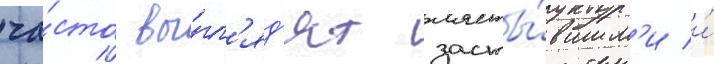
ча́сто вы́гл'яд'ят засты́вшим'и и́